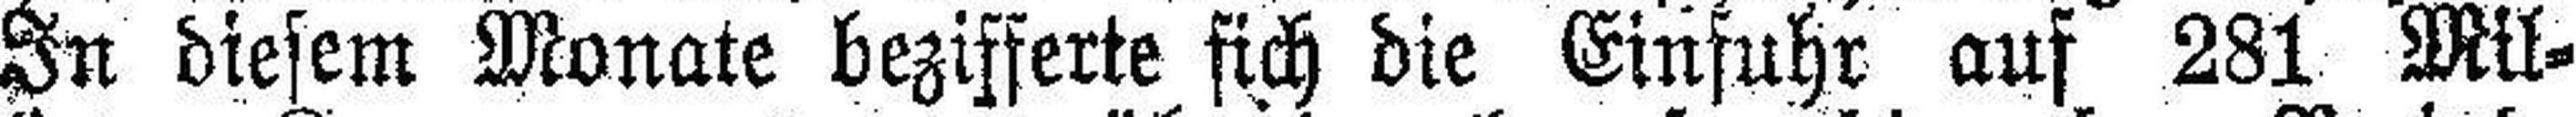
In diesem Monate bezifferte sich die Einfuhr auf 281 Mil¬